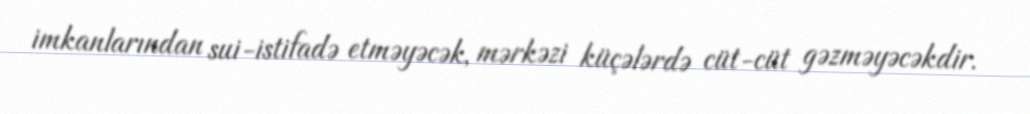
imkanlarından sui-istifadə etməyəcək, mərkəzi küçələrdə cüt-cüt gəzməyəcəkdir.